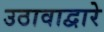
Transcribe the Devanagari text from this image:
उठावाद्वारे